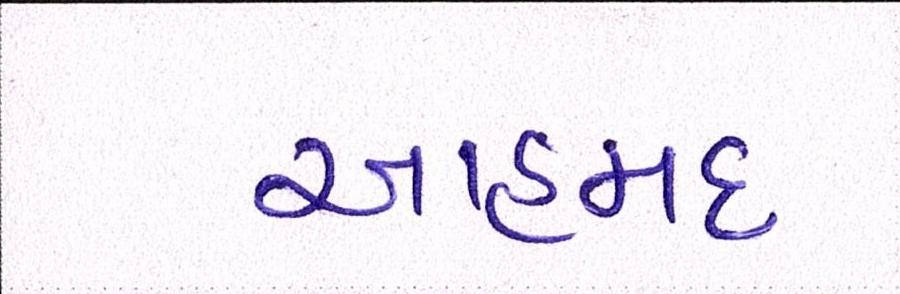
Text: આહમદ